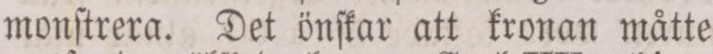
monſtrera. Det önſkar att kronan måtte